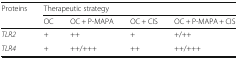
<table><thead><tr><td rowspan="2"><b>Proteins</b></td><td colspan="4"><b>Therapeutic strategy</b></td></tr><tr><td><b>OC</b></td><td><b>OC + P-MAPA</b></td><td><b>OC + CIS</b></td><td><b>OC + P-MAPA + CIS</b></td></tr></thead><tbody><tr><td><i>TLR2</i></td><td>+</td><td>++</td><td>+</td><td>+/++</td></tr><tr><td><i>TLR4</i></td><td>+</td><td>++/+++</td><td>++</td><td>++/+++</td></tr></tbody></table>